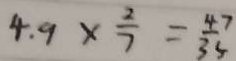
4 . 9 \times \frac { 2 } { 7 } = \frac { 4 7 } { 3 5 }